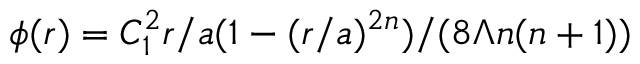
\phi ( r ) = C _ { 1 } ^ { 2 } r / a ( 1 - ( r / a ) ^ { 2 n } ) / ( 8 \Lambda n ( n + 1 ) )